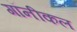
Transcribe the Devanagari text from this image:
गॉनीकल